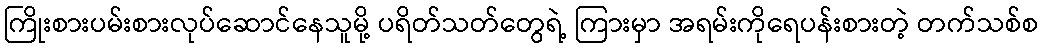
ကြိုးစားပမ်းစားလုပ်ဆောင်နေသူမို့ ပရိတ်သတ်တွေရဲ့ ကြားမှာ အရမ်းကိုရေပန်းစားတဲ့ တက်သစ်စ